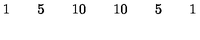
\begin{array} { c c c c c c c c c c c c c c c c c } { } & { } & { } & { 1 } & { } & { 5 } & { } & { 1 0 } & { } & { 1 0 } & { } & { 5 } & { } & { 1 } & { } & { } & { } \\ \end{array}